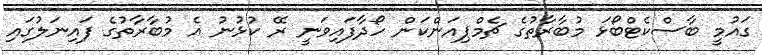
ގައުމީ ބާސްކެޓްބޯޅަ މުބާރާތުގެ ޗެމްޕިއަންކަން ހޯދާފައިވަނީ ރޭ ކުޅުނު އެ މުބާރާތުގެ ފައިނަލުގައި